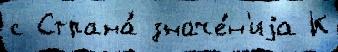
с Страна́ значе́н'иjа К